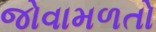
જોવામળતો